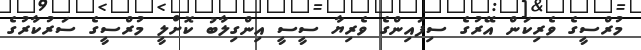
މުރްސީގެ ވެރިކަން އޭރުގެ ސިފައިންގެ ވެރިޔާ ސީސީ އިންގިލާބު ކޮށްލީ މުރްސީގެ ސަރުކާރުގެ